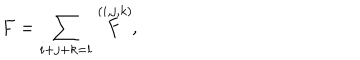
LaTeX: F = \sum _ { i + j + k = l } \stackrel { ( i , j , k ) } { F } ,